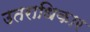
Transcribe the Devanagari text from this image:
उतराधिकार